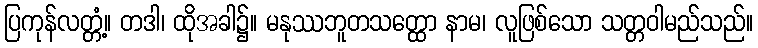
ပြကုန်လတ္တံ့။ တဒါ၊ ထိုအခါ၌။ မနုဿဘူတသတ္ထော နာမ၊ လူဖြစ်သော သတ္တဝါမည်သည်။